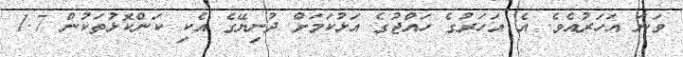
ވަނަ އަހަރުއެވެ. އެ އަހަރުގެ ހައްޖުގެ އަޅުކަމަށް ދުނިޔޭގެ އެކި ކަންކޮޅުތަކުން 1.7